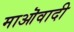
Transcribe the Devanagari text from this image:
माऒवादी